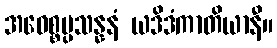
အဝေစ္စပ္ပသန္နနံ ယဒိဒံကာတိယာနီ။